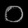
Digit: ၀